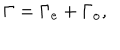
LaTeX: \Gamma = \Gamma _ { \mathrm { e } } + \Gamma _ { \mathrm { o } } ,